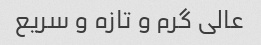
عالی گرم و تازه و سریع